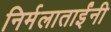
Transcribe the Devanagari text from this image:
निर्मलाताईंनी